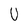
Character: U